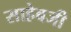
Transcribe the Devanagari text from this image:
साहेबजी